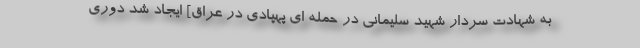
به شهادت سردار شهید سلیمانی در حمله ای پهپادی در عراق] ایجاد شد دوری